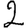
Digit: 2